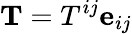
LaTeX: \mathbf{T}=T^{ij}\mathbf{e}_{ij}